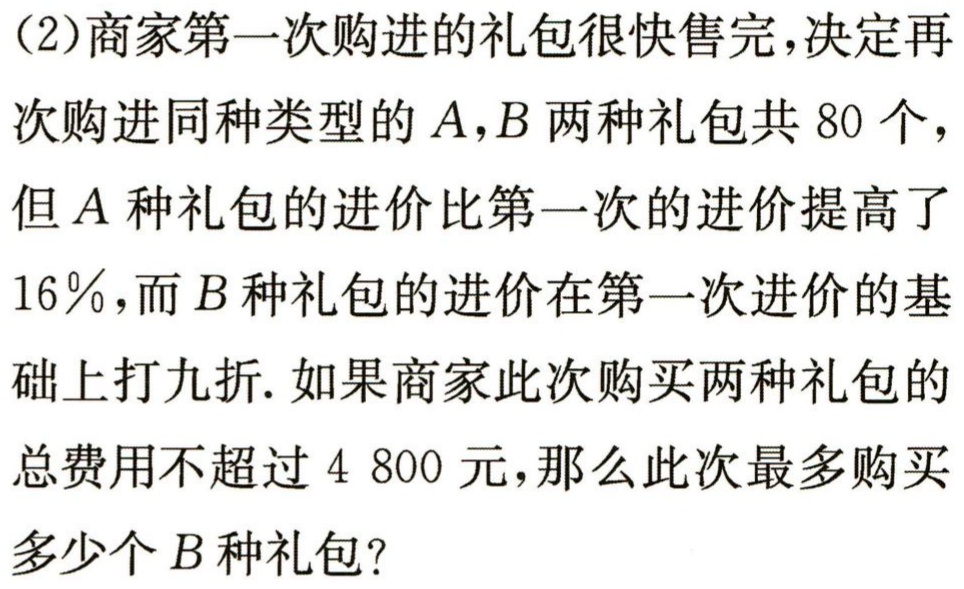
（2）商家第一次购进的礼包很快售完，决定再次购进同种类型的\(A,B\)两种礼包共\(80\)个，但\(A\)种礼包的进价比第一次的进价提高了\(16\%\)，而\(B\)种礼包的进价在第一次进价的基础上打九折. 如果商家此次购买两种礼包的总费用不超过\(4 800\)元，那么此次最多购买多少个\(B\)种礼包？